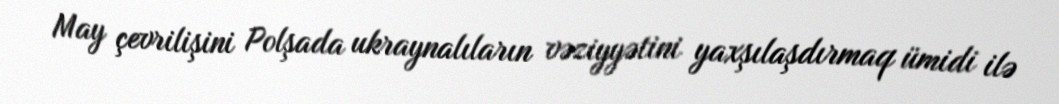
May çevrilişini Polşada ukraynalıların vəziyyətini yaxşılaşdırmaq ümidi ilə